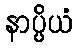
နာပ္ပိယံ